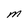
Character: M